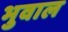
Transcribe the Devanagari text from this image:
भुवाल